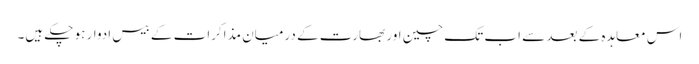
اس معاہدہ کے بعد سے اب تک چین اور بھارت کے درمیان مذاکرات کے بیس ادوار ہو چکے ہیں۔